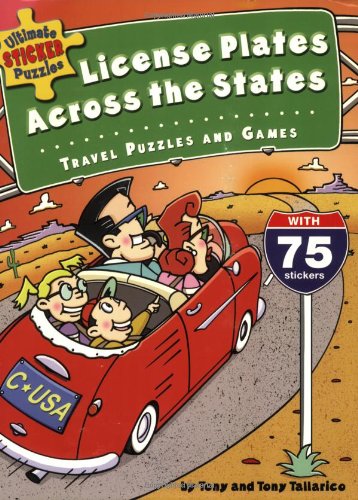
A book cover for Ultimate Sticker Puzzles: License Plates Across the States:Travel Puzzles and Ga; Tony Tallarico; Children's Books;